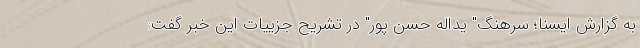
به گزارش ایسنا؛ سرهنگ" یداله حسن پور" در تشریح جزییات این خبر گفت: